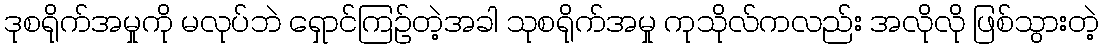
ဒုစရိုက်အမှုကို မလုပ်ဘဲ ရှောင်ကြဉ်တဲ့အခါ သုစရိုက်အမှု ကုသိုလ်ကလည်း အလိုလို ဖြစ်သွားတဲ့